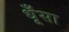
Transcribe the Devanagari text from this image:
धूँसा